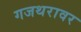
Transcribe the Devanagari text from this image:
गजथरावर